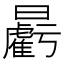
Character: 𣌉